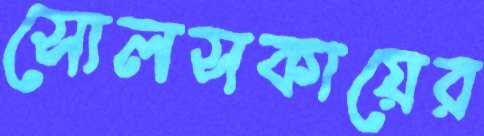
সোলসকায়ের